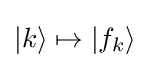
|k\rangle \mapsto |f_{k}\rangle